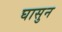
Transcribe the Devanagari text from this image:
घासुन